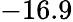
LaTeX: -16.9